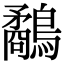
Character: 鷸